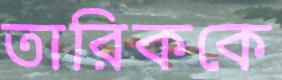
তারিককে